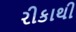
રીકાથી